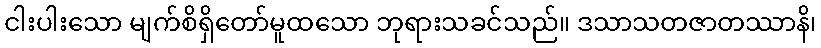
ငါးပါးသော မျက်စိရှိတော်မူထသော ဘုရားသခင်သည်။ ဒသာသတဇာတဿာနိ၊